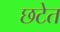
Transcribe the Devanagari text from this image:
छटेत